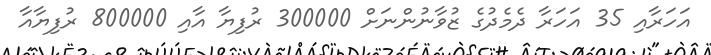
އަހަރާއި 35 އަހަރާ ދެމެދުގެ ޒުވާނުންނަށް 300000 ރުފިޔާ އާއި 800000 ރުފިޔާއާ